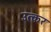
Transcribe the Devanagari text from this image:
उत्कर